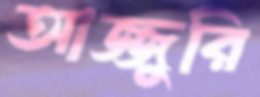
আজ্জুরি